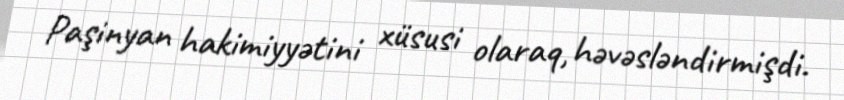
Paşinyan hakimiyyətini xüsusi olaraq, həvəsləndirmişdi.